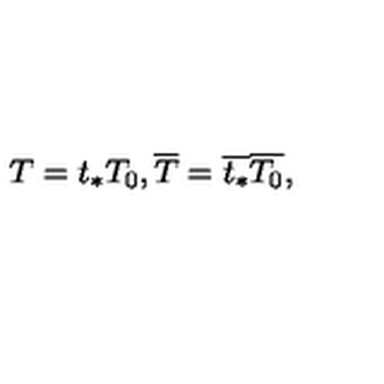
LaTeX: T = t _ { * } T _ { 0 } , \overline { { T } } = \overline { { t _ { * } } } \overline { { T _ { 0 } } } ,